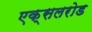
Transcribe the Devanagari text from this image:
एक्सलरोड